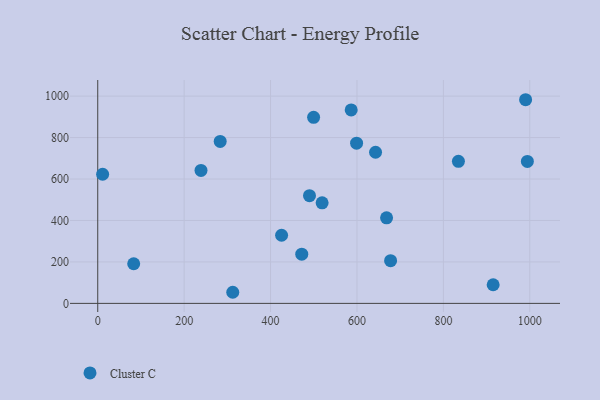
{"axis": {"x": "Investment", "y": "Rating"}, "legend": ["Cluster C"], "data": [{"x": "519.3", "y": 485.4, "type": "Cluster C"}, {"x": "994.4", "y": 684.8, "type": "Cluster C"}, {"x": "599.1", "y": 773.0, "type": "Cluster C"}, {"x": "283.4", "y": 781.6, "type": "Cluster C"}, {"x": "990.3", "y": 982.6, "type": "Cluster C"}, {"x": "643.0", "y": 729.1, "type": "Cluster C"}, {"x": "239.0", "y": 641.7, "type": "Cluster C"}, {"x": "490.1", "y": 519.5, "type": "Cluster C"}, {"x": "677.8", "y": 205.9, "type": "Cluster C"}, {"x": "834.8", "y": 685.2, "type": "Cluster C"}, {"x": "668.5", "y": 412.8, "type": "Cluster C"}, {"x": "312.5", "y": 53.6, "type": "Cluster C"}, {"x": "472.2", "y": 237.3, "type": "Cluster C"}, {"x": "499.6", "y": 897.7, "type": "Cluster C"}, {"x": "11.3", "y": 623.1, "type": "Cluster C"}, {"x": "586.6", "y": 933.4, "type": "Cluster C"}, {"x": "83.2", "y": 191.3, "type": "Cluster C"}, {"x": "425.5", "y": 328.7, "type": "Cluster C"}, {"x": "915.2", "y": 89.9, "type": "Cluster C"}]}